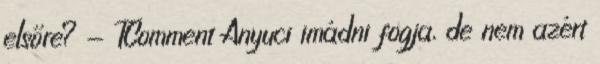
elsőre? - TComment Anyuci imádni fogja, de nem azért